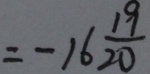
= - 1 6 \frac { 1 9 } { 2 0 }